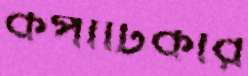
কপাটিকার